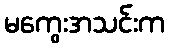
မကွေးအသင်းက